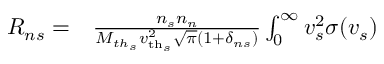
\begin{array} { r l } { R _ { n s } = } & { { } \frac { n _ { s } n _ { n } } { M _ { t h _ { s } } \ensuremath { v _ { \mathrm { t h } _ { s } } } ^ { 2 } \sqrt { \pi } ( 1 + \delta _ { n s } ) } \int _ { 0 } ^ { \infty } v _ { s } ^ { 2 } \sigma ( v _ { s } ) } \end{array}